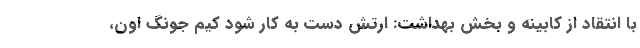
با انتقاد از کابینه و بخش بهداشت: ارتش دست‌ به‌ کار شود کیم جونگ اون،